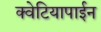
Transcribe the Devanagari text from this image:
क्वेटियापाईन